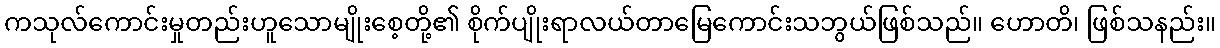
ကသုလ်ကောင်းမှုတည်းဟူသောမျိုးစေ့တို့၏ စိုက်ပျိုးရာလယ်တာမြေကောင်းသဘွယ်ဖြစ်သည်။ ဟောတိ၊ ဖြစ်သနည်း။